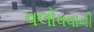
વલોવવાની